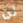
لن